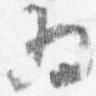
為